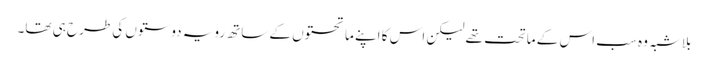
بلاشبہ وہ سب اس کے ماتحت تھے لیکن اس کا اپنے ماتحتوں کے ساتھ رویہ دوستوں کی طرح ہی تھا۔